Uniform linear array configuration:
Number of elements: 12
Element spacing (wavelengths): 0.75
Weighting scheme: kaiser
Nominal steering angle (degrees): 0
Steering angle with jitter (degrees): -1.333
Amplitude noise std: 0.05
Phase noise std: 0.05

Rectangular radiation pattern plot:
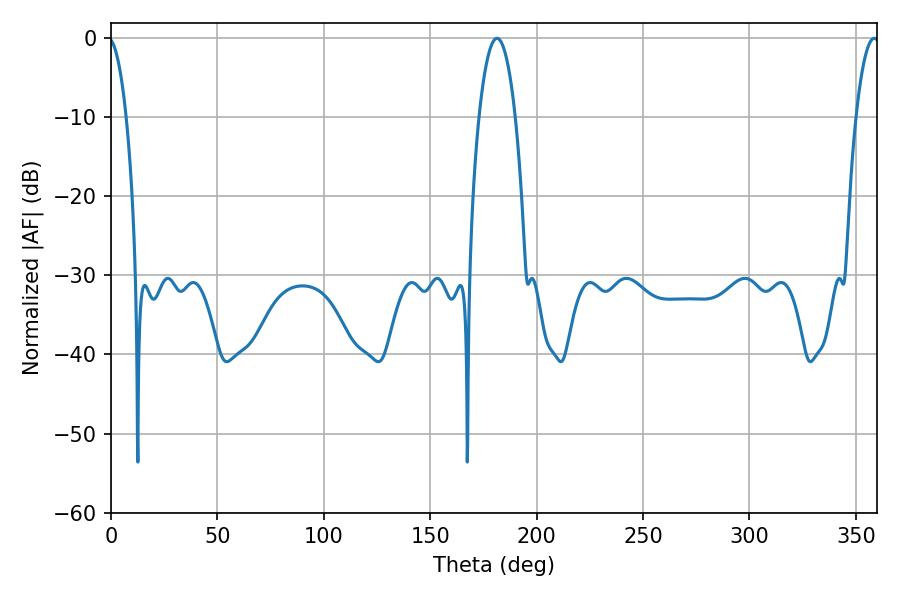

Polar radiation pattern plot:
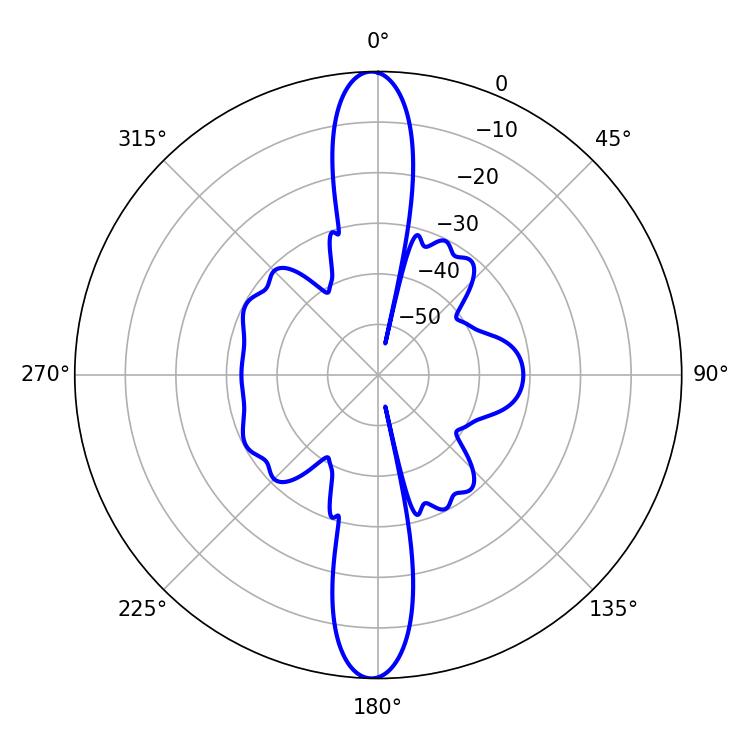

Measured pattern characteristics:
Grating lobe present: TRUE
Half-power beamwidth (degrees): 6.12
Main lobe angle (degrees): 358.56